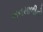
ભનસાળીનો